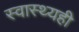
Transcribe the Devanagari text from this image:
स्वास्थ्यही